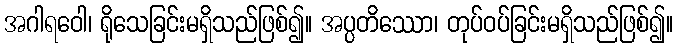
အဂါရဝေါ၊ ရိုသေခြင်းမရှိသည်ဖြစ်၍။ အပ္ပတိဿော၊ တုပ်ဝပ်ခြင်းမရှိသည်ဖြစ်၍။